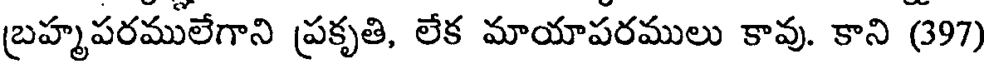
బ్రహ్మపరములేగాని ప్రకృతి, లేక మాయాపరములు కావు. కాని (397)